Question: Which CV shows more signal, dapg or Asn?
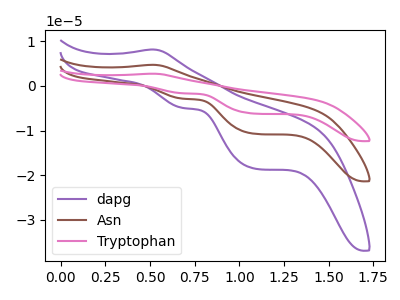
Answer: <think>The purple curve "dapg" has an anodic peak at (0.50V, 8.15uA) and cathodic peaks at (0.70V, -4.95uA) (1.10V, -18.55uA). The brown curve "Asn" has an anodic peak at (0.50V, 4.70uA) and cathodic peaks at (0.70V, -2.85uA) (1.10V, -10.75uA). The pink curve "Tryptophan" has an anodic peak at (0.50V, 9.45uA) and cathodic peaks at (0.70V, -5.75uA) (1.10V, -21.50uA).
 All the peaks in "dapg" have a peak in "Asn" at the same potential. Every peak in "dapg" is higher than every peak in "Asn".</think>
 <answer>"dapg" has more signal than "Asn".</answer>
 <eval>more_signal</eval>